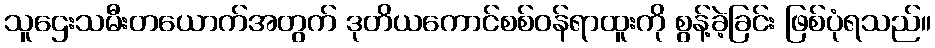
သူဌေးသမီးတယောက်အတွက် ဒုတိယကောင်စစ်ဝန်ရာထူးကို စွန့်ခဲ့ခြင်း ဖြစ်ပုံရသည်။